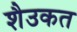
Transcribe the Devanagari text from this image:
शैउकत